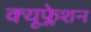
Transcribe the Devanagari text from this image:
क्यूफ्लेशन